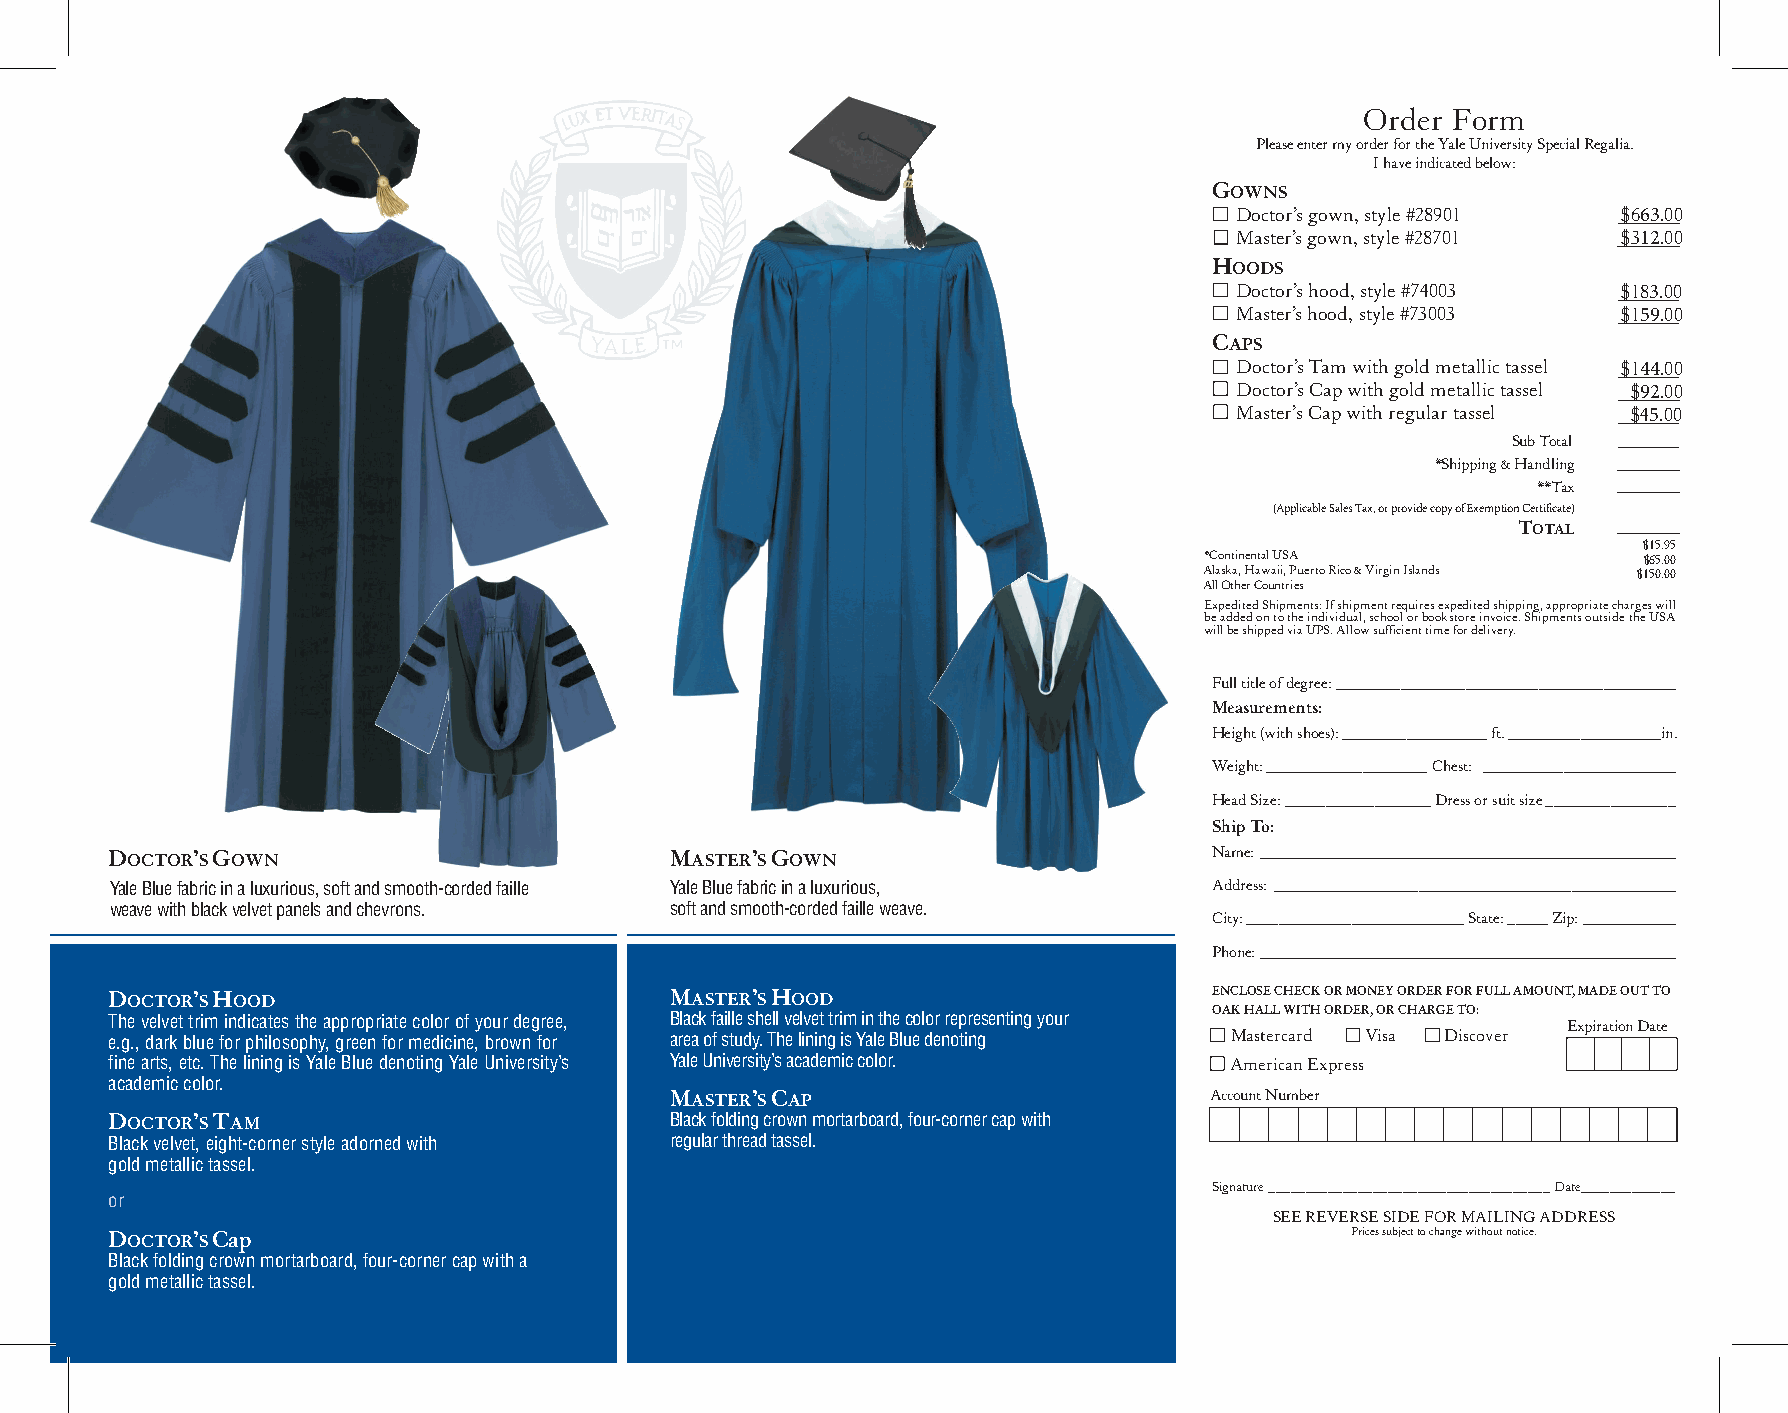
Order Form
 Please enter my order for the Yale University Special Regalia.
 I have indicated below:
 GOWNS
 Doctor’s gown, style #28901 $663.00
 Master’s gown, style #28701 $312.00
 HOODS
 Doctor’s hood, style #74003 $183.00
 Master’s hood, style #73003 $159.00
 CAPS
 Doctor’s Tam with gold metallic tassel $144.00
 Doctor’s Cap with gold metallic tassel $92.00
 Master’s Cap with regular tassel $45.00
 Sub Total
 *Shipping & Handling
 **Tax
 (Applicable Sales Tax, or provide copy of Exemption Certificate)
 TOTAL
 $15.95
 *Continental USA             $65.00
 Alaska, Hawaii, Puerto Rico & Virgin Islands $150.00
 All Other Countries
 Expedited Shipments: If shipment requires expedited shipping, appropriate charges will
 be added on to the individual, school or bookstore invoice. Shipments outside the USA
 will be shipped via UPS. Allow sufficient time for delivery.
 Full title of degree: __________________________________________
 Measurements:
 Height (with shoes): __________________ ft. ___________________in.
 Weight: ____________________ Chest: ________________________
 Head Size: __________________ Dress or suit size ________________
 Ship To:
 DOCTOR’S GOWN                        MASTER’S GOWN                       Name: ____________________________________________________
 Yale Blue fabric in a luxurious, soft and smooth-corded faille Yale Blue fabric in a luxurious, Address: __________________________________________________
 weave with black velvet panels and chevrons. soft and smooth-corded faille weave.
 City: ___________________________ State: _____ Zip: ____________
 Phone: ____________________________________________________
 DOCTOR’S HOOD                        MASTER’S HOOD                       ENCLOSE CHECK OR MONEY ORDER FOR FULL AMOUNT, MADE OUT TO
 OAK HALL WITH ORDER, OR CHARGE TO:
 The velvet trim indicates the appropriate color of your degree, Black faille shell velvet trim in the color representing your Expiration Date
 e.g., dark blue for philosophy, green for medicine, brown for area of study. The lining is Yale Blue denoting � Mastercard � Visa � Discover
 fine arts, etc. The lining is Yale Blue denoting Yale University’s Yale University’s academic color. American Express
 academic color.
 MASTER’S CAP                        Account Number
 DOCTOR’S TAM                         Black folding crown mortarboard, four-corner cap with
 Black velvet, eight-corner style adorned with regular thread tassel.
 gold metallic tassel.
 Signature ______________________________________ Date_____________
 or
 SEE REVERSE SIDE FOR MAILING ADDRESS
 DOCTOR’S Cap                                                                      Prices subject to change without notice.
 Black folding crown mortarboard, four-corner cap with a
 gold metallic tassel.